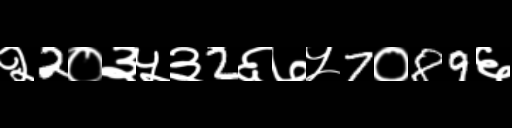
Text: २2०३५३2६७५7०89६